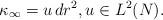
LaTeX: \begin{align*} \kappa_\infty = u \, dr^2, u \in L^2 (N). \end{align*}